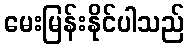
မေးမြန်းနိုင်ပါသည်